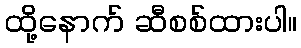
ထို့နောက် ဆီစစ်ထားပါ။